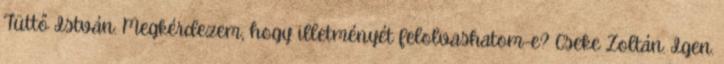
Tüttő István: Megkérdezem, hogy illetményét felolvashatom-e? Cseke Zoltán: Igen.